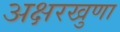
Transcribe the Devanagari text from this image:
अक्षरखुणा